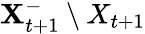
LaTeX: \mathbf{X}_{t+1}^{-}\setminus X_{t+1}